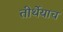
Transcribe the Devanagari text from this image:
तीर्थेयाच